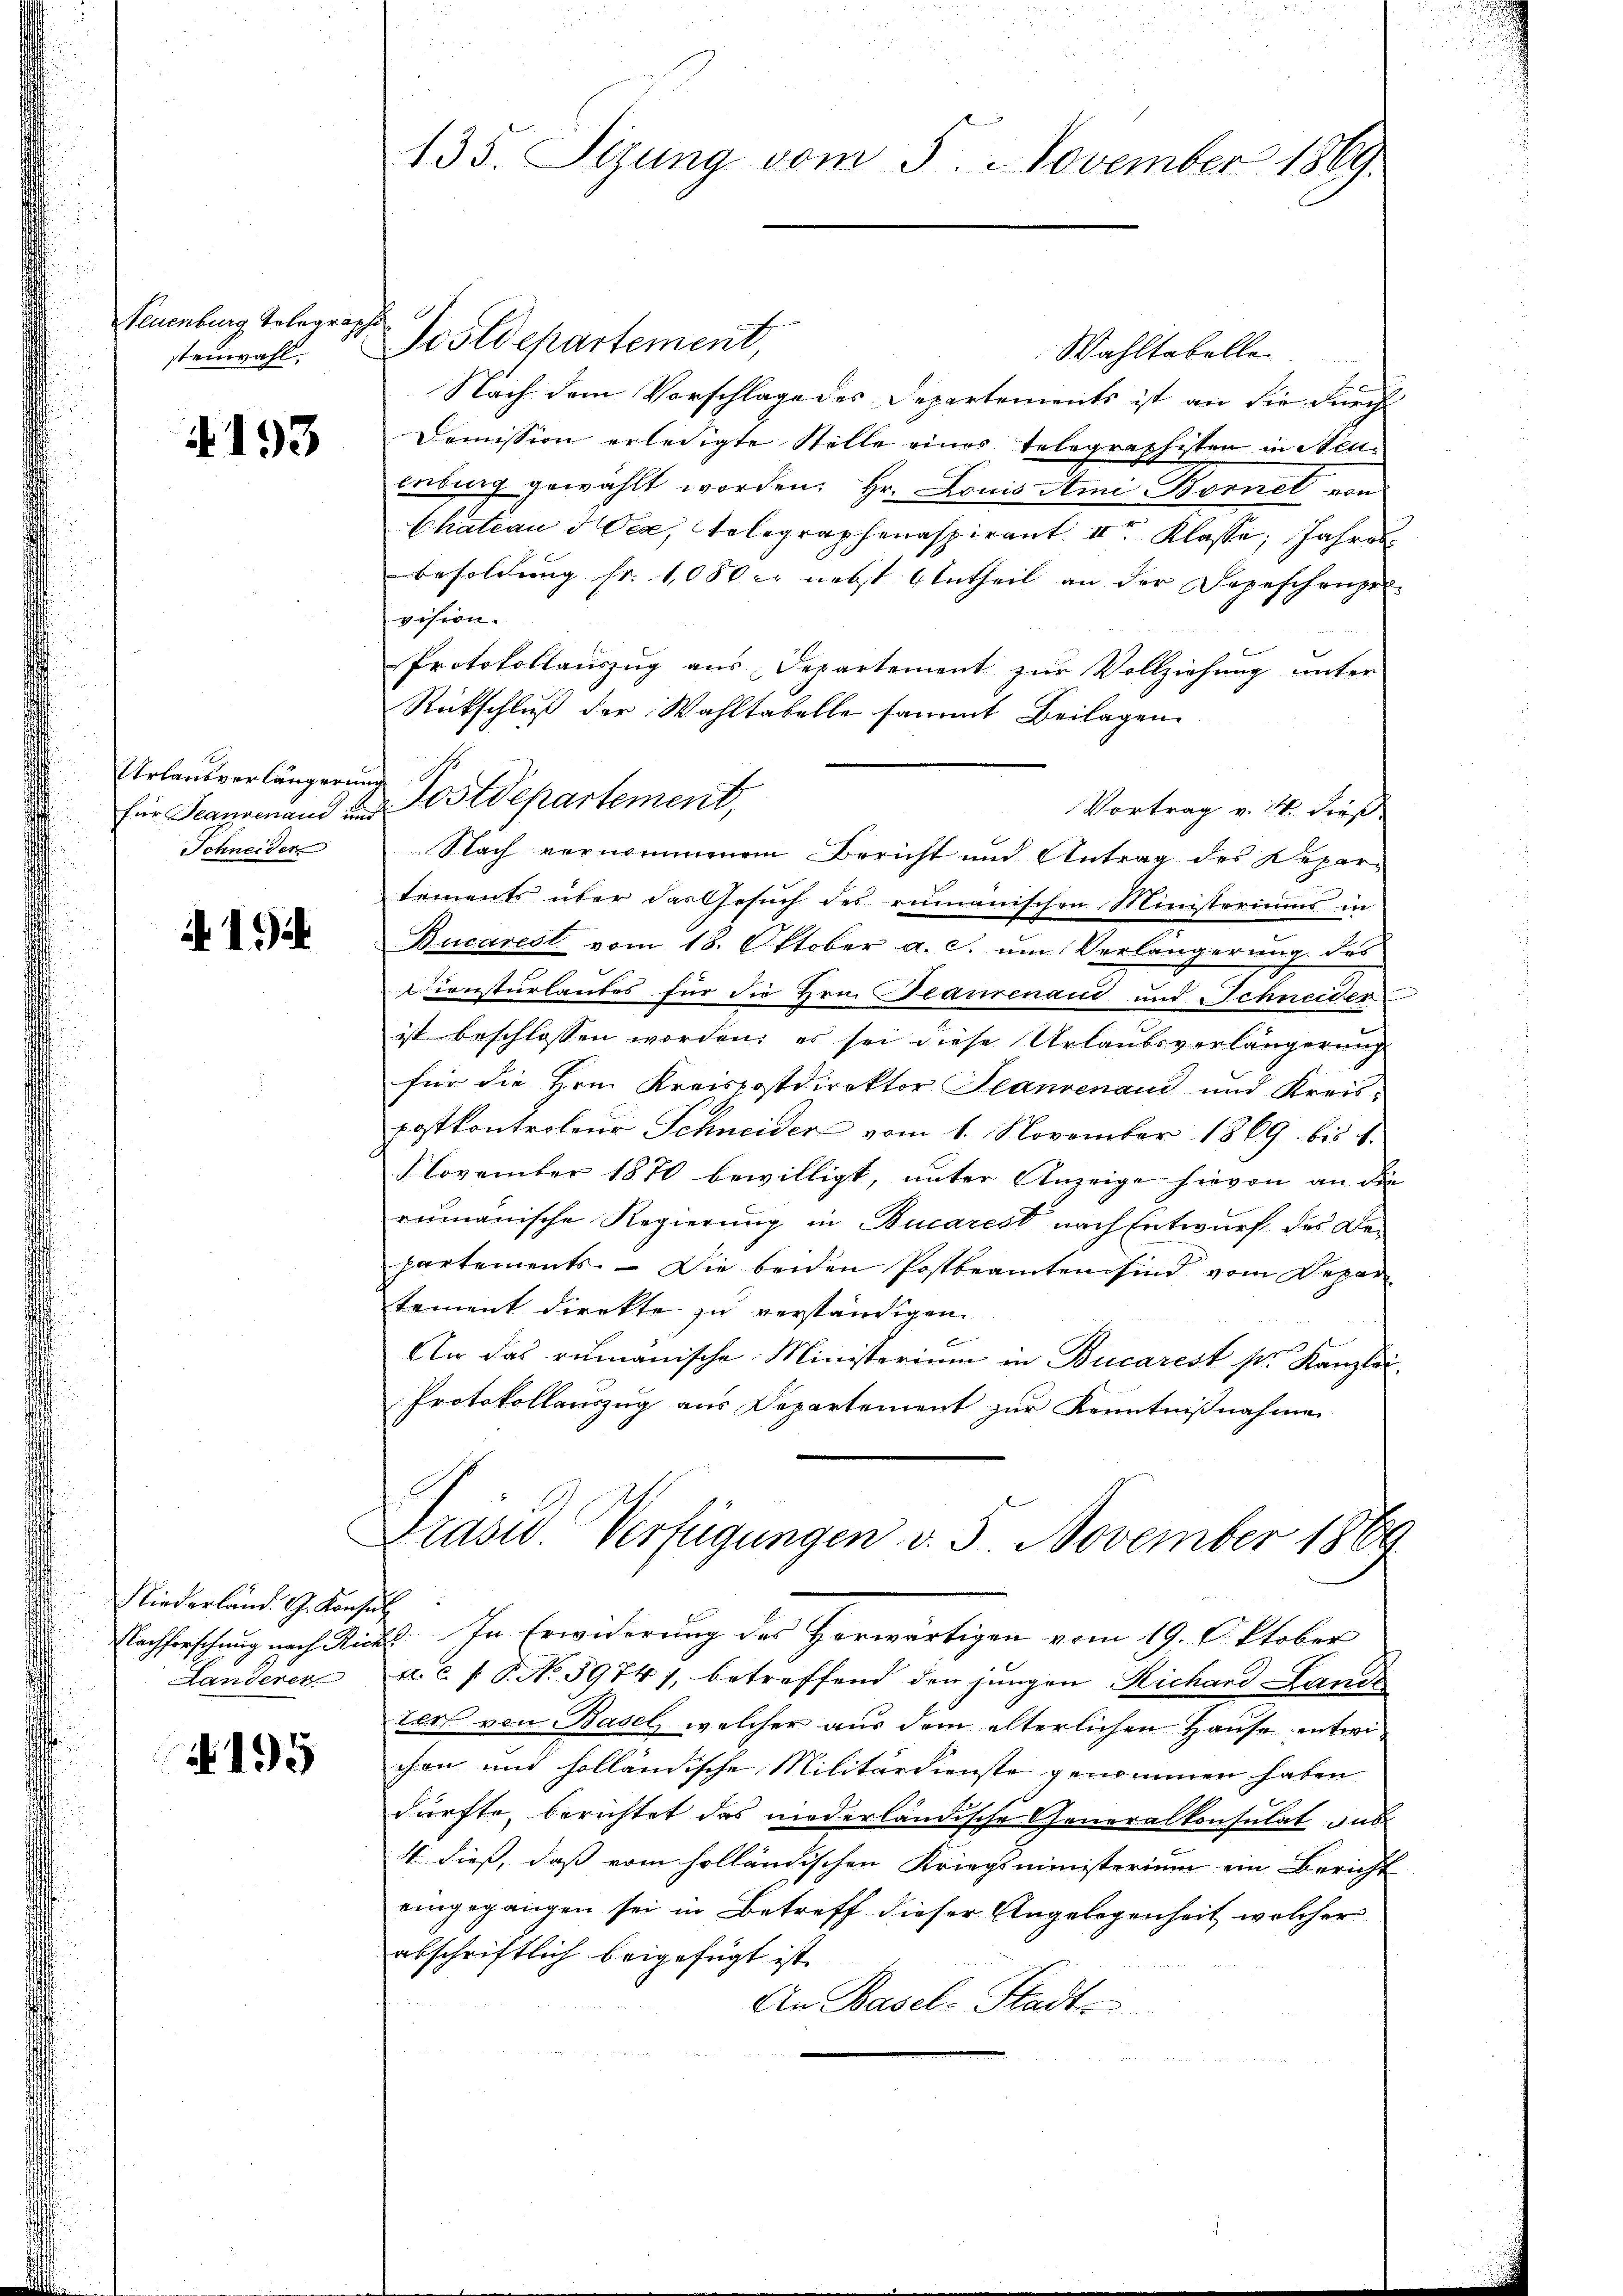
Neuenburg telegraph
stenwahl,

4193

Urlaubverlängerun
für Standenand im
Schneider

1

Niederländ. G. Konse
Landerer

195

135. Sizung vom 5. November 1869.

Postdepartement,
Wahltabelle.
Nach dem Vorschlage des Departements ist an die durch
Demission erledigte Stelle eines Telegraphisten in Steuenburg gewählt worden; Hr. Louis Ami Bornel von
Chateau d Oea, Telegraphenaspirant II Klasse, Jahres
Besoldung fr. 100 er nebst Antheil an der Depeschenpre-
vision.
Protokollauszug aus Departement zur Vollziehung unter
Rückschluß der Wahltabelle sammt Beilagen
Postdepartement,
Vortrag v. 24. dieß
Nach vernommenen Bericht und Antrag des Repartements über das Gesŭch des rumanischen Ministeriums in
Bucarest vom 18. Oktober a. c. um Verlängerung des
Diensturlaubes für die Hrn. Peaurenaud und Schneider
ist beschlossen worden; es sei diese Urlaubsverlängerung
für die Hrn. Kreispostdirektor Standenand und Kreispostkontroleur Schneider vom 1. November 1869 bis 1.
8 November 1870 bewilligt, unter Anzeige hievon an die
rumänische Regierung in Bucarest nach Entwurf des Bepartements. — Die beiden Postbeamten sind vom Depar
tement direkte zu verständigen.
An das rumänische Ministerium in Bucarest ser Kanzlei-
Protokollauszug aus Departement zur Kenntnißnahme
Präsid. Verfügungen v. 5. November 1889
ch
Nachforschung nach Richt. In Erwiderung des Herwärtigen vom 19. Oktober
a. c. f. P. No. 3974), betreffend den jungen Richard Lands
ter von Basel, welcher aus dem elterlichen Hause entwichen und holländische Militärdienste genommen haben
dürfte, berichtet das niederländische Generalkonsulat das
4. dieß, daß vom holländischen Kriegsministerium ein Bericht
eingegangen sei in Betreff dieser Angelegenheit, welcher
abschriftlich beigefügt ist.
An Basel-Stadt